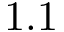
1 . 1